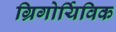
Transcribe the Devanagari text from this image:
ग्रिगोर्यिविक